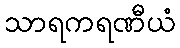
သာရကရဏီယံ